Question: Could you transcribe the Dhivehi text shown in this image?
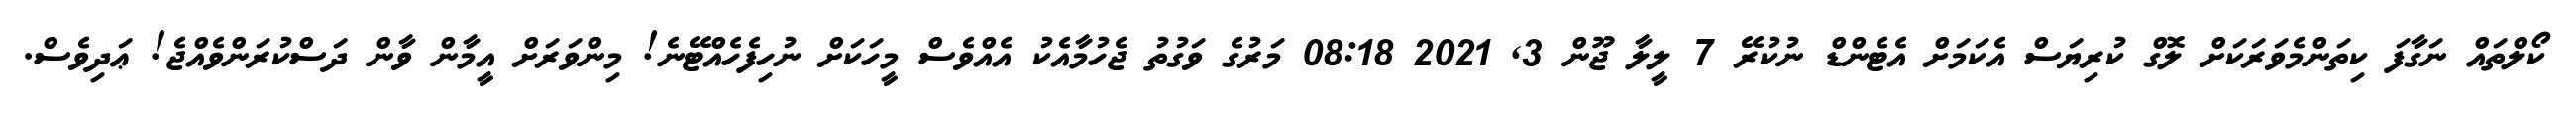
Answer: ކޯލްތައް ނަގާފަ ކިތަންމެވަރަކަށް ލޮގް ކުރިޔަސް އެކަމަށް އެޓެންޑް ނުކުރޭ 7 ލީލާ ޖޫން 3, 2021 08:18 މަރުގެ ވަގުތު ޖެހުމާއެކު އެއްވެސް މީހަކަށް ނުހިފެހެއްޓޭނެ! މިންވަރަށް އީމާން ވާން ދަސްކުރަންވެއްޖެ! ޢަދިވެސް.